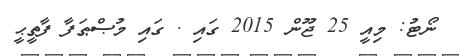
ނޯޓު: މިއީ 25 ޖޫން 2015 ގައި . ގައި މުޞްޠަފާ ފާތީޙީ